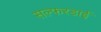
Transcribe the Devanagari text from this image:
सल्फरडाई